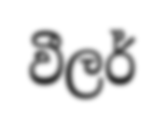
වීලර්